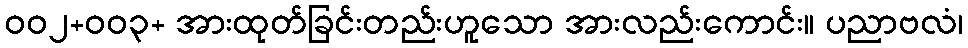
ဝဝ၂+ဝဝ၃+ အားထုတ်ခြင်းတည်းဟူသော အားလည်းကောင်း။ ပညာဗလံ၊